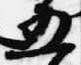
五